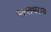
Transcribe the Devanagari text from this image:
बल्लभराज